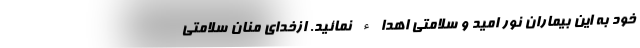
خود به این بیماران نور امید و سلامتی اهداء نمائید. ازخدای منان سلامتی